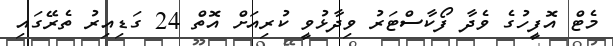
މެޓް އޮފީހުގެ ވެދާ ފޯކާސްޓަރު ވިދާޅުވީ ކުރިއަށް އޮތް 24 ގަޑިއިރު ތެރޭގައި